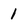
Character: 1